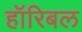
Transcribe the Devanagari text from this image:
हॉरिबल